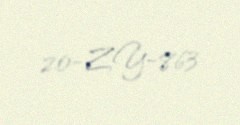
20-ZY-863